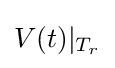
V(t)|_{T_{r}}